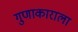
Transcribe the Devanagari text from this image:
गुणाकाराला